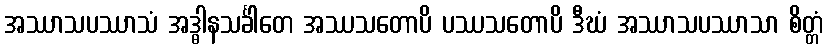
အဿာသပဿာသံ အဒ္ဓါနသင်္ခါတေ အဿသတောပိ ပဿသတောပိ ဒီဃံ အဿာသပဿာသာ စိတ္တံ